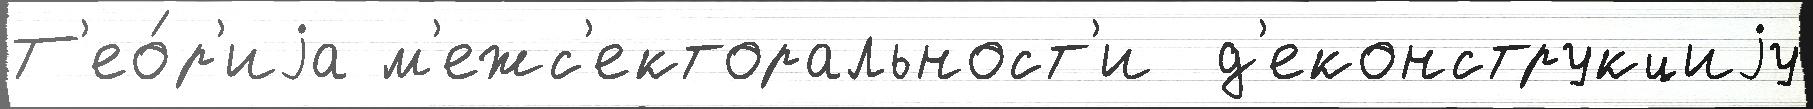
Т'ео́р'иjа м'ежс'екторальност'и  д'еконструкциjу